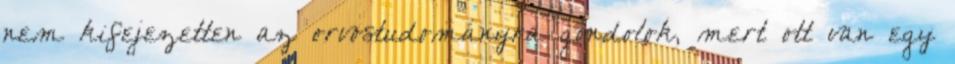
nem kifejezetten az orvostudományra gondolok, mert ott van egy